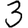
Digit: 3